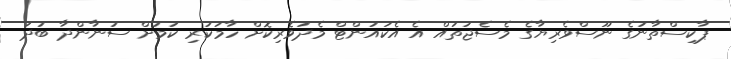
ޕާކިސްތާނުގެ ނޫސްވެރިޔާގެ މެސެޖުތައް އެ އެކައުންޓް މެދުވެރިކޮށް ހާމަކުރި ކަމަށް ސުނާންދާ ބުދަ